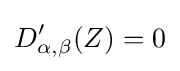
D'_{\alpha ,\beta }(Z)=0